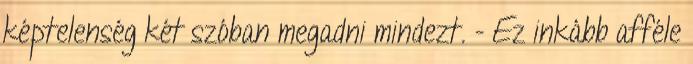
képtelenség két szóban megadni mindezt. - Ez inkább afféle